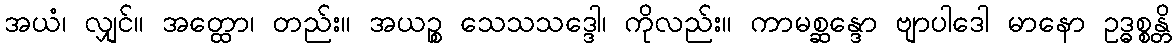
အယံ၊ လျှင်။ အတ္ထော၊ တည်း။ အယဉ္စ သေသသဒ္ဒေါ၊ ကိုလည်း။ ကာမစ္ဆန္ဒော ဗျာပါဒေါ မာနော ဥဒ္ဓစ္စန္တိ